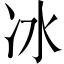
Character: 冰